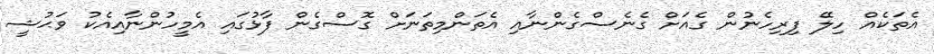
އެތަކެއް ހިލޭ ފިރިހެނުން ގެއަށް ގެނެސްގެންނާއި އެތަންމިތަނަށް ގޮސްގެން ފާޅުގައި އެމީހުންނާއިއެކު ވަޙުޝީ